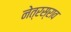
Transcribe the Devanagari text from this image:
नेत्रस्राव